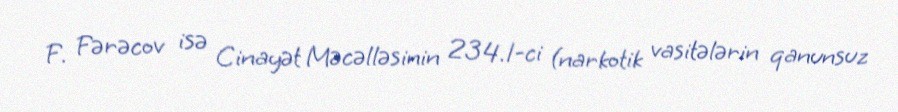
F. Fərəcov isə Cinayət Məcəlləsinin 234.1-ci (narkotik vasitələrin qanunsuz